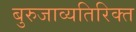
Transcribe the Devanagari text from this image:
बुरुजाव्यतिरिक्त